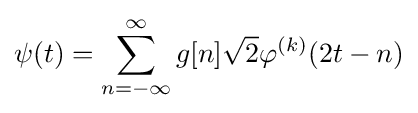
\psi (t)=\sum _{n=-\infty }^{\infty }g[n]{\sqrt {2}}\varphi ^{(k)}(2t-n)